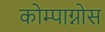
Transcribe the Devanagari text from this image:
कोम्पाग्नोस